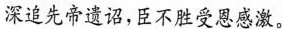
深追先帝遗诏，臣不胜受恩感激。